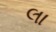
લા